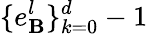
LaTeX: \{ e_{\mathbf{B}}^{l}\} _{k=0}^{d}-1